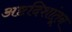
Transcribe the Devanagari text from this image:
अष्टदिशांतून